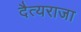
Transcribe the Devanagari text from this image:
दैत्यराजा